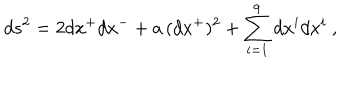
d s ^ { 2 } = 2 d x ^ { + } d x ^ { - } + a \, ( d x ^ { + } ) ^ { 2 } + \sum _ { i = 1 } ^ { 9 } d x ^ { i } d x ^ { i } ~ ,